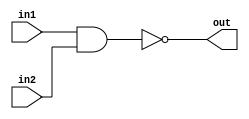
/*
    CS/ECE 552 Spring '23
    Homework #1, Problem 2

    2 input NAND
*/
`default_nettype none
module nand2 (out,in1,in2);
    output wire out;
    input wire in1,in2;
    assign out = ~(in1 & in2);
endmodule
`default_nettype wire